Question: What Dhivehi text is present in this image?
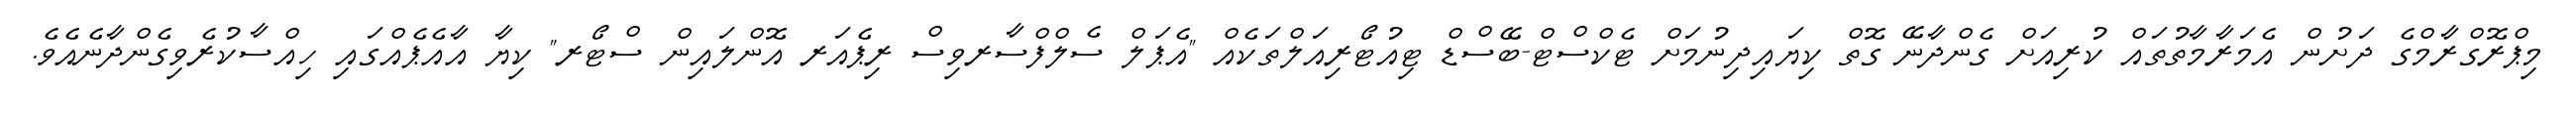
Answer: މިޕްރޮގްރާމްގެ ދަށުން އެމަރާމާތުތައް ކުރިއަށް ގެންދާނޭ ގޮތް ކިޔައިދިނުމަށް ޓެކްސްޓް-ބޭސްޑް ޓިއުޓޯރިއަލްތަކެއް "އެޕަލް ސެލްފްސާރވިސް ރިޕެއަރ އޮންލައިން ސްޓޯރ" ކިޔާ އާއެޕެއްގައި ހިއްސާކުރެވިގެންދާނެއެވެ.